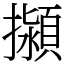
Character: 㩩